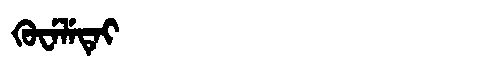
Manchu: ᡴᡠᠸᡝᠯᡝᡨᡝᡳ
Romanization: KUWELETEI